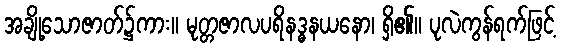
အချို့သောဇာတ်၌ကား။ မုတ္တဇာလပရိနဒ္ဓနယနော၊ ရှိ၏။ ပုလဲကွန်ရက်ဖြင့်